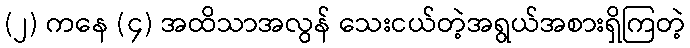
(၂) ကနေ (၄) အထိသာအလွန် သေးငယ်တဲ့အရွယ်အစားရှိကြတဲ့